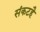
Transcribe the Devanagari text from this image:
संकटहै